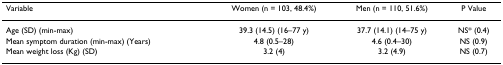
| Variable | Women (n = 103, 48.4%) | Men (n = 110, 51.6%) | P Value |
 | --- | --- | --- | --- |
 | Age (SD) (min-max) | 39.3 (14.5) (16–77 y) | 37.7 (14.1) (14–75 y) | NS* (0.4) |
 | Mean symptom duration (min-max) (Years) | 4.8 (0.5–28) | 4.6 (0.4–30) | NS (0.9) |
 | Mean weight loss (Kg) (SD) | 3.2 (4) | 3.2 (4.9) | NS (0.7) |